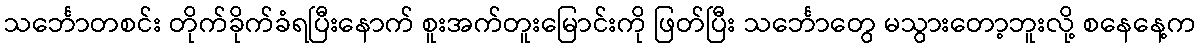
သင်္ဘောတစင်း တိုက်ခိုက်ခံရပြီးနောက် စူးအက်တူးမြောင်းကို ဖြတ်ပြီး သင်္ဘောတွေ မသွားတော့ဘူးလို့ စနေနေ့က